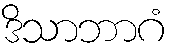
ဒိသာဘာဂံ